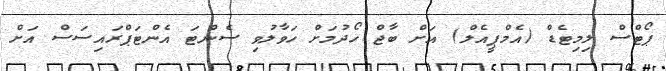
ޕޯޓްސް ލިމިޓެޑް (އެމްޕީއެލް) އަށް ބާޖް ހޯދުމަށް ހަވާލުވި ސެންޓަ އެންޓަޕްރައިސަސް އަށް